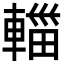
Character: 輺